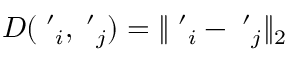
D ( { \bf \chi ^ { \prime } } _ { i } , { \bf \chi ^ { \prime } } _ { j } ) = \| { \bf \chi ^ { \prime } } _ { i } - { \bf \chi ^ { \prime } } _ { j } \| _ { 2 }